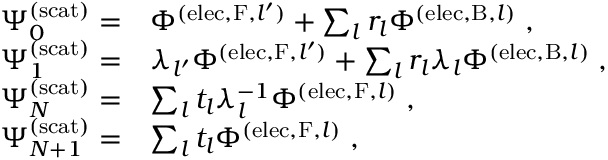
\begin{array} { r l } { \Psi _ { 0 } ^ { \mathrm { ( s c a t ) } } = } & { \Phi ^ { ( \mathrm { e l e c } , \mathrm { F } , { l ^ { \prime } } ) } + \sum _ { l } r _ { l } \Phi ^ { ( \mathrm { e l e c } , \mathrm { B } , l ) } \; , } \\ { \Psi _ { 1 } ^ { \mathrm { ( s c a t ) } } = } & { \lambda _ { l ^ { \prime } } \Phi ^ { ( \mathrm { e l e c } , \mathrm { F } , { l ^ { \prime } } ) } + \sum _ { l } r _ { l } \lambda _ { l } \Phi ^ { ( \mathrm { e l e c } , \mathrm { B } , l ) } \; , } \\ { \Psi _ { N } ^ { \mathrm { ( s c a t ) } } = } & { \sum _ { l } t _ { l } \lambda _ { l } ^ { - 1 } \Phi ^ { ( \mathrm { e l e c } , \mathrm { F } , l ) } \; , } \\ { \Psi _ { N + 1 } ^ { \mathrm { ( s c a t ) } } = } & { \sum _ { l } t _ { l } \Phi ^ { ( \mathrm { e l e c } , \mathrm { F } , l ) } \; , } \end{array}